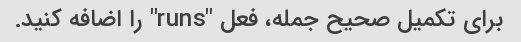
برای تکمیل صحیح جمله، فعل "runs" را اضافه کنید.